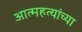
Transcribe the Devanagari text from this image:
आत्महत्यांच्या